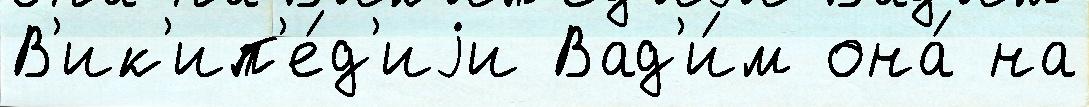
В'ик'ип'е́д'иjи Вад'и́м она́ на